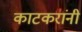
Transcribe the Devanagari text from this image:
काटकरांनी